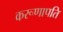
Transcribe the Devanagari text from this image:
करूणापति